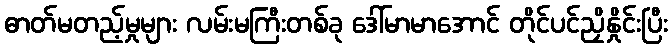
ဓာတ်မတည့်မှုများ လမ်းမကြီးတစ်ခု ဒေါ်မာမာအောင် တိုင်ပင်ညှိနှိုင်းပြီး